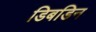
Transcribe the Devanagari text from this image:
डिबडिन